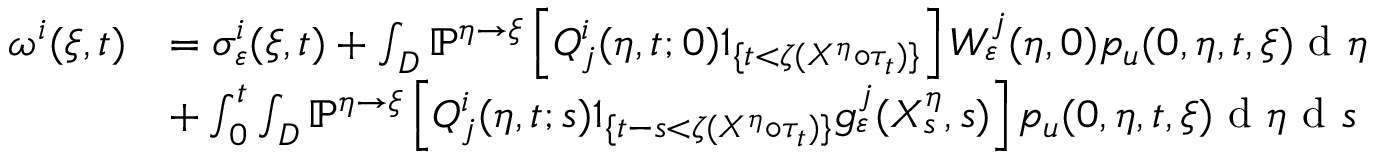
\begin{array} { r l } { \omega ^ { i } ( \xi , t ) } & { = \sigma _ { \varepsilon } ^ { i } ( \xi , t ) + \int _ { D } \mathbb { P } ^ { \eta \rightarrow \xi } \left[ Q _ { j } ^ { i } ( \eta , t ; 0 ) 1 _ { \{ t < \zeta ( X ^ { \eta } \circ \tau _ { t } ) \} } \right] W _ { \varepsilon } ^ { j } ( \eta , 0 ) p _ { u } ( 0 , \eta , t , \xi ) \textrm { d } \eta } \\ & { + \int _ { 0 } ^ { t } \int _ { D } \mathbb { P } ^ { \eta \rightarrow \xi } \left[ Q _ { j } ^ { i } ( \eta , t ; s ) 1 _ { \{ t - s < \zeta ( X ^ { \eta } \circ \tau _ { t } ) \} } g _ { \varepsilon } ^ { j } ( X _ { s } ^ { \eta } , s ) \right] p _ { u } ( 0 , \eta , t , \xi ) \textrm { d } \eta \textrm { d } s } \end{array}